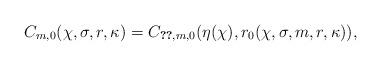
LaTeX: \begin{align*} C_{m,0}(\chi,\sigma,r,\kappa) &= C_{\ref{TheoremExistenceAndUniquenessOnDomain},m,0}(\eta(\chi),r_0(\chi,\sigma,m,r,\kappa)),\end{align*}